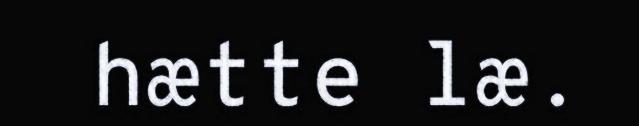
hætte læ.